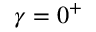
\gamma = 0 ^ { + }